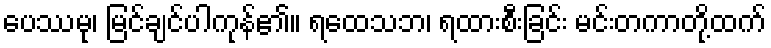
ပေဿမု၊ မြင်ချင်ပါကုန်၏။ ရထေသဘ၊ ရထားစီးခြင်း မင်းတကာတို့ထက်